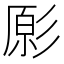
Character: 𭛔